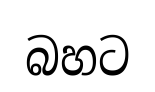
බහට